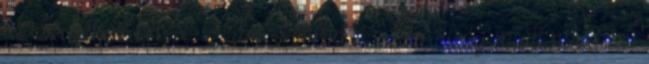
az Ebolához képest. Számos kórház a zsúfoltság miatt maláriás